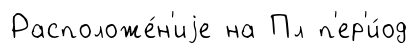
Расположе́н'иjе на Пл п'ер'и́од